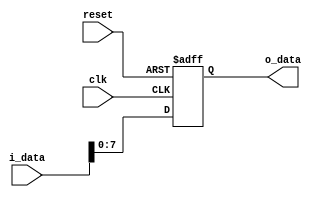
`timescale 1ns / 1ps

module LED(reset,
            clk,
            i_data,
            o_data);
    
    input reset;
    input clk;
    input [31:0] i_data;
    output reg [7:0] o_data;
    
    always @(posedge clk or posedge reset) begin
        if (reset) begin
            o_data <= 7'b0000000;
        end
        else begin
            o_data <= i_data[7:0];
        end
    end
    
endmodule